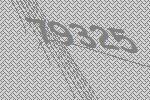
79325